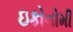
ઇકોનોમી